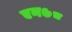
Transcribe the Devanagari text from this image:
एन७८